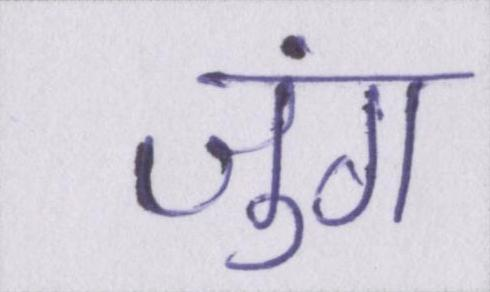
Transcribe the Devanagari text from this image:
जुंग